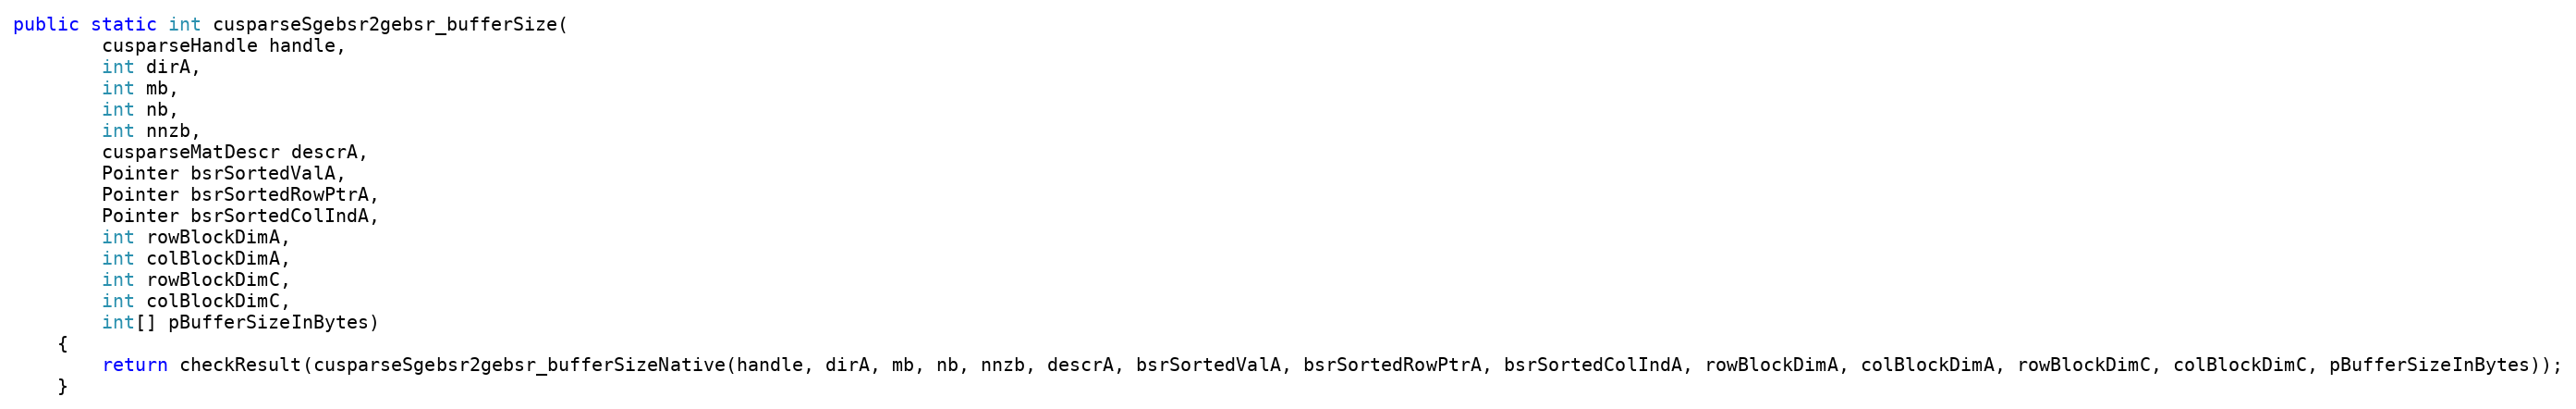
Language: Java
public static int cusparseSgebsr2gebsr_bufferSize(
        cusparseHandle handle,
        int dirA,
        int mb,
        int nb,
        int nnzb,
        cusparseMatDescr descrA,
        Pointer bsrSortedValA,
        Pointer bsrSortedRowPtrA,
        Pointer bsrSortedColIndA,
        int rowBlockDimA,
        int colBlockDimA,
        int rowBlockDimC,
        int colBlockDimC,
        int[] pBufferSizeInBytes)
    {
        return checkResult(cusparseSgebsr2gebsr_bufferSizeNative(handle, dirA, mb, nb, nnzb, descrA, bsrSortedValA, bsrSortedRowPtrA, bsrSortedColIndA, rowBlockDimA, colBlockDimA, rowBlockDimC, colBlockDimC, pBufferSizeInBytes));
    }